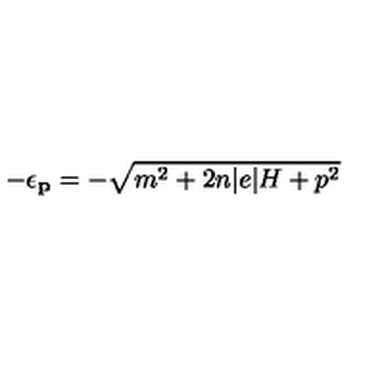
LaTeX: - \epsilon _ { { \bf { p } } } = - \sqrt { m ^ { 2 } + 2 n | e | H + p ^ { 2 } }